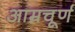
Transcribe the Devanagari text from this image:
आम्रचूर्ण